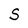
Character: S